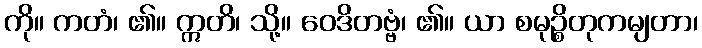
ကို။ ကတံ၊ ၏။ ဣတိ၊ သို့။ ဝေဒိတဗ္ဗံ၊ ၏။ ယာ စမုဉ္စိတုကမျတာ၊